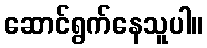
ဆောင်ရွက်နေသူပါ။